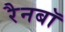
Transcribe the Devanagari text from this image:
रैनबॉ